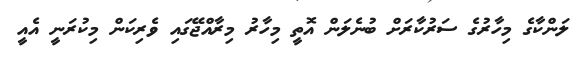
ލަންކާގެ މިހާރުގެ ސަރުކާރަށް ބުނެލަން އޮތީ މިހާރު މިރާއްޖޭގައި ވެރިކަން މިކުރަނީ އެއީ